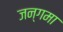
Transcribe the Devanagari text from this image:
जन्गमा